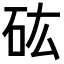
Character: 𥐪